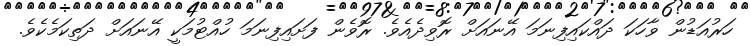
ހަރުއަޑުން ވާހަކަ ދައްކައިފިނަމަ އޭނައަށް ރޮވިދެއެވެ. ރޮވެން ފަށައިފިނަމަ ހުއްޓުމަކީ އޭނައަށް ދަތިކަމެކެވެ.